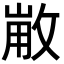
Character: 𢽸